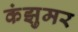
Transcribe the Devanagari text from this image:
कंझुमर